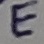
Text: E